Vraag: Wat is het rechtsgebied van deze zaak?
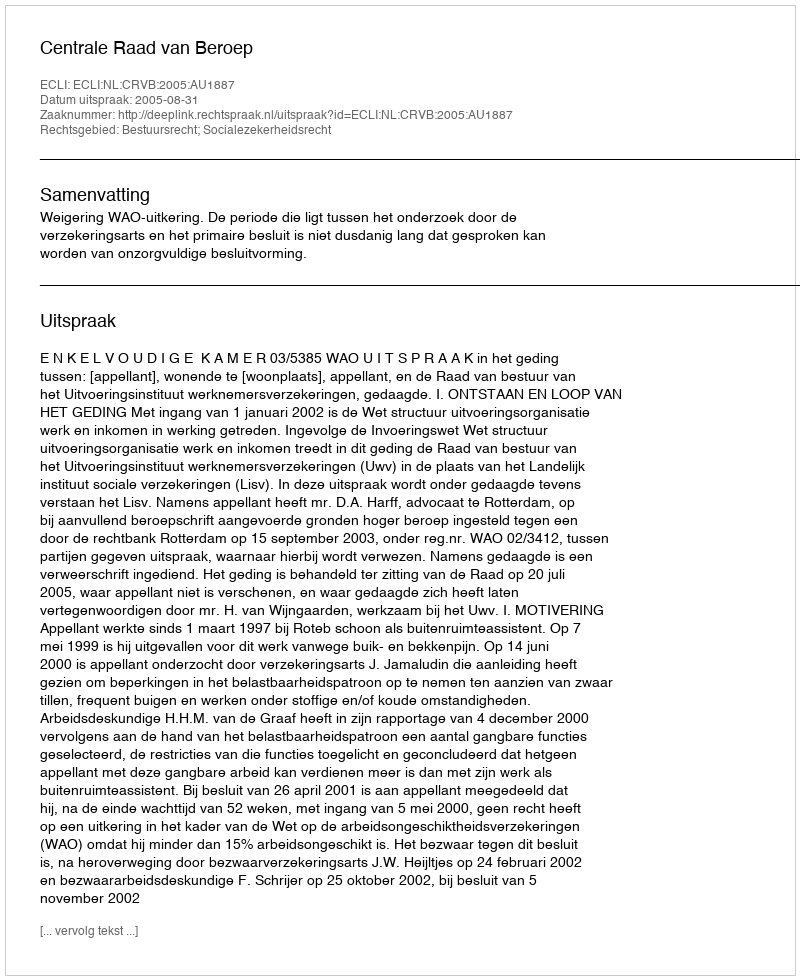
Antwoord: Bestuursrecht; Socialezekerheidsrecht